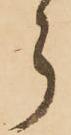
ら